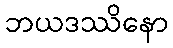
ဘယဒဿိနော